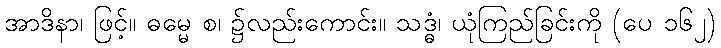
အာဒိနာ၊ ဖြင့်။ ဓမ္မေ စ၊ ၌လည်းကောင်း။ သဒ္ဓံ၊ ယုံကြည်ခြင်းကို (ပေ ၁၆၂)